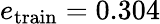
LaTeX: e_{\mathrm{train}}=0.304